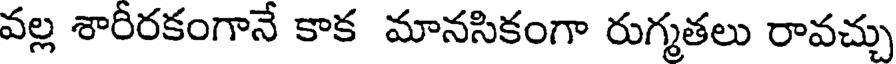
వల్ల శారీరకంగానే కాక మానసికంగా రుగ్మతలు రావచ్చు